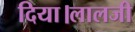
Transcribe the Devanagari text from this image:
दिया।लालजी